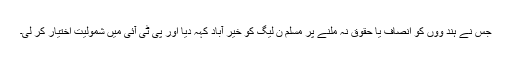
جس نے ہند وؤں کو انصاف یا حقوق نہ ملنے پر مسلم ن لیگ کو خیر آباد کہہ دیا اور پی ٹی آئی میں شمولیت اختیار کر لی۔